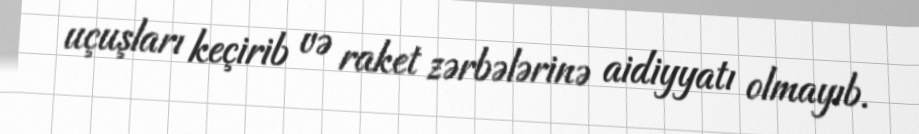
uçuşları keçirib və raket zərbələrinə aidiyyatı olmayıb.